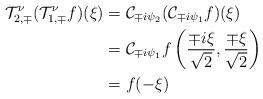
LaTeX: \begin{align*}\mathcal{T}^\nu_{2,\mp} (\mathcal{T}^\nu_{1,\mp} f)(\xi) &= \mathcal{C}_{{\mp}i{\psi_2}} (\mathcal{C}_{{\mp}i{\psi_1}} f)(\xi)\\&= \mathcal{C}_{{\mp}i{\psi_1}} f \left(\frac{\mp i \xi}{\sqrt 2}, \frac{{\mp}\xi}{\sqrt 2}\right)\\&= f(-\xi)\end{align*}